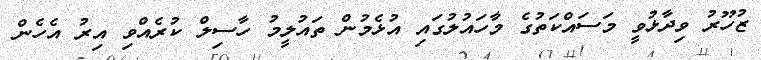
ޒުހޫރު ވިދާޅުވީ މަސައްކަތުގެ މާހައުލުގައި އުޅެމުން ތައުލީމު ހާސިލް ކުރެއްވި އިރު އެހެން